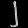
Digit: ၂